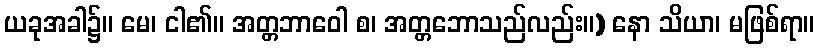
ယခုအခါ၌။ မေ၊ ငါ၏။ အတ္တဘာဝေါ စ၊ အတ္တဘောသည်လည်း။) နော သိယာ၊ မဖြစ်ရာ။